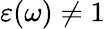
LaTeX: \varepsilon(\omega)\neq 1